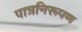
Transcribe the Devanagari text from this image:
पात्रनिरूपण